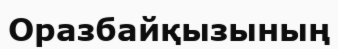
Оразбайқызының